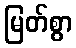
မြတ်စွာ